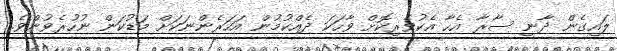
ލައިގެން ދާނީ ސާރާ އެހާ އެކުވެރިކޮށް ވާހަކަ ދެއްކުމުން އަހަރެންނަކަށް މަޑުކަން ނުހުރެވުންވެ.